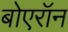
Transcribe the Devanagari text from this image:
बोएरॉन